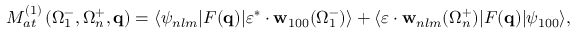
{ \cal M } _ { a t } ^ { ( 1 ) } \left( \Omega _ { 1 } ^ { - } , \Omega _ { n } ^ { + } , \mathbf { q } \right) = \langle \psi _ { n l m } | F ( \mathbf { q } ) | \boldsymbol { \varepsilon } ^ { * } \cdot { \mathbf { w } } _ { 1 0 0 } ( \Omega _ { 1 } ^ { - } ) \rangle + \langle \boldsymbol { \varepsilon } \cdot { \mathbf { w } } _ { n l m } ( \Omega _ { n } ^ { + } ) | F ( \mathbf { q } ) | \psi _ { 1 0 0 } \rangle ,